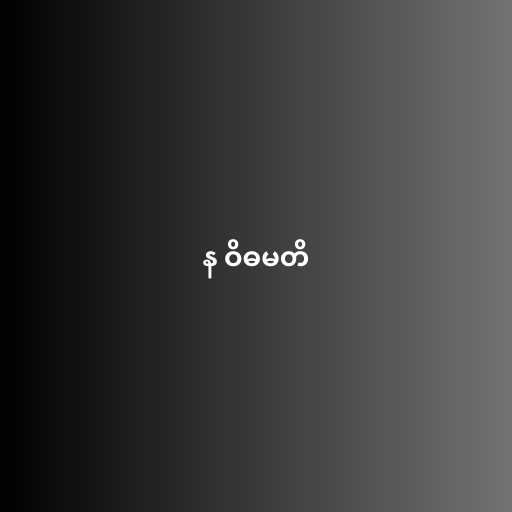
န ဝိဓမတိ